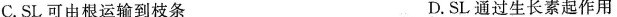
C.SL可由根运输到枝条 D.SL通过生长素起作用